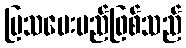
ပြသပေးမည်ဖြစ်သည်